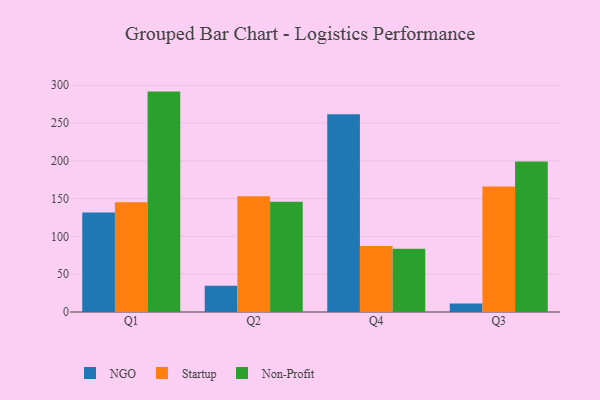
{"axis": {"x": "Quarter", "y": "Waste Production (Tons)"}, "legend": ["NGO", "Non-Profit", "Startup"], "data": [{"x": "Q1", "y": 131.5, "type": "NGO"}, {"x": "Q1", "y": 145.2, "type": "Startup"}, {"x": "Q1", "y": 291.6, "type": "Non-Profit"}, {"x": "Q2", "y": 34.6, "type": "NGO"}, {"x": "Q2", "y": 153.3, "type": "Startup"}, {"x": "Q2", "y": 146.0, "type": "Non-Profit"}, {"x": "Q4", "y": 261.6, "type": "NGO"}, {"x": "Q4", "y": 87.4, "type": "Startup"}, {"x": "Q4", "y": 83.6, "type": "Non-Profit"}, {"x": "Q3", "y": 11.4, "type": "NGO"}, {"x": "Q3", "y": 166.1, "type": "Startup"}, {"x": "Q3", "y": 199.2, "type": "Non-Profit"}]}